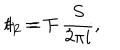
t _ { 1 } = T ~ ~ , \hspace { 2 c m } t _ { 2 } = - \frac { S } { 2 \pi i } ,